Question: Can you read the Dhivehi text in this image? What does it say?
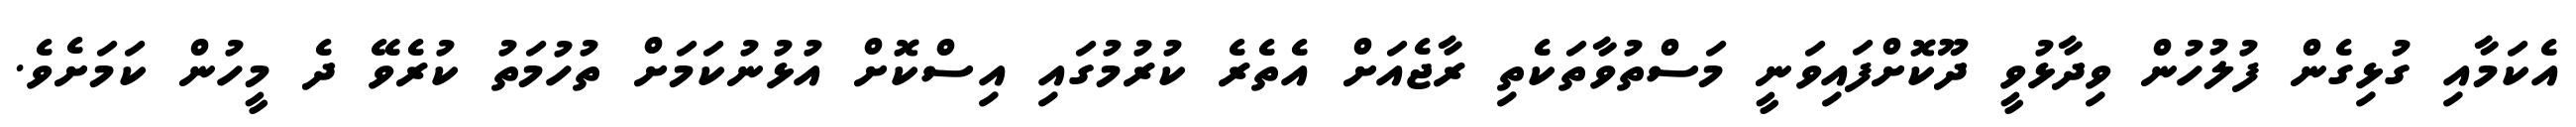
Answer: އެކަމާއި ގުޅިގެން ފުލުހުން ވިދާޅުވީ ދޫކޮށްފައިވަނީ މަސްތުވާތަކެތި ރާޖެއަށް އެތެރެ ކުރުމުގައި އިސްކޮށް އުޅުނުކަމަށް ތުހުމަތު ކުރެވޭ ދެ މީހުން ކަމަށެވެ.